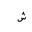
Letter: _shin